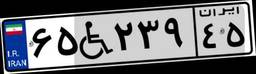
۶۵W۲۳۹۴۵